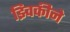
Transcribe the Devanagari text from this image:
झ्विकीने